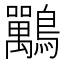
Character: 𪈀